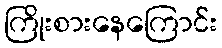
ကြိုးစားနေကြောင်း